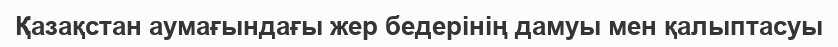
Қазақстан аумағындағы жер бедерінің дамуы мен қалыптасуы